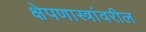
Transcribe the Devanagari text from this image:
क्षेपणास्त्रांवरील